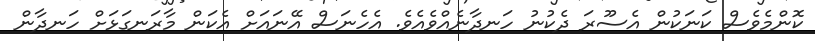
ކޮންމެވެސް ކަނަކުން އެސޫރަ ދެކުނު ހަނދާނެއްވެއެވެ. އެހެނަސް އޭނައަށް އެކަން މާރަނގަޅަށް ހަނދާން